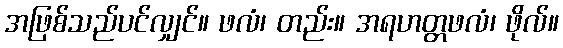
အဖြစ်သည်ပင်လျှင်။ ဖလံ၊ တည်း။ အရဟတ္တဖလံ၊ ဖိုလ်။